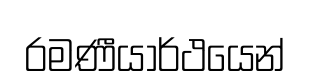
රමණීයාර්ථයෙන්